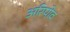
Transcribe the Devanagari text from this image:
अरिपोव